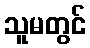
သူမတွင်